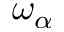
\omega _ { \alpha }